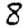
Digit: 8